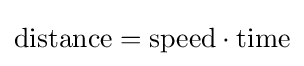
{\text{distance}}={\text{speed}}\cdot {\text{time}}